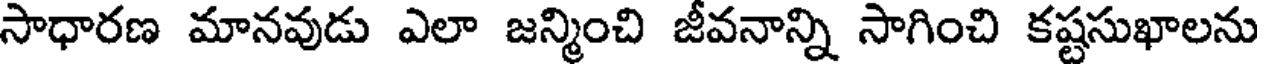
సాధారణ మానవుడు ఎలా జన్మించి జీవనాన్ని సాగించి కష్టసుఖాలను